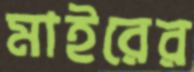
মাইরের